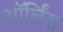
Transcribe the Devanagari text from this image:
ऑर्लिंस